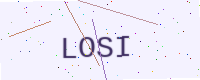
Text: LOSI